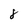
Character: 8